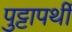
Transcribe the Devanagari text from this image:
पुट्टापर्थी